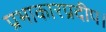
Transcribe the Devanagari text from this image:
प्रभाकारप्रदीप।